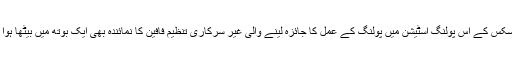
جی سکس کے اس پولنگ اسٹیشن میں پولنگ کے عمل کا جائزہ لینے والی غیر سرکاری تنظیم فافین کا نمائندہ بھی ایک بوتھ میں بیٹھا ہوا ملا ۔